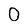
Character: 0